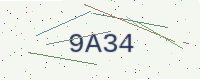
Text: 9A34